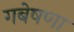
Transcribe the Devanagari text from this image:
गबेषणा